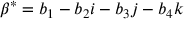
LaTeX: \beta ^ { * } = b _ { 1 } - b _ { 2 } i - b _ { 3 } j - b _ { 4 } k